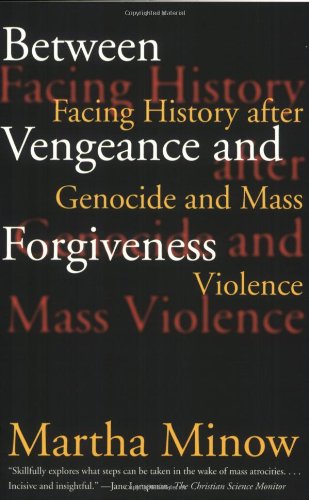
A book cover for Between Vengeance and Forgiveness: Facing History after Genocide and Mass Violence; Martha Minow; Law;